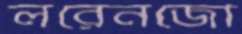
লরেনজো